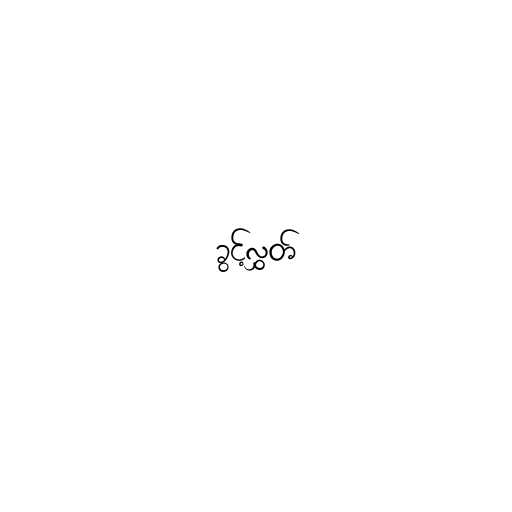
ခွင့်လွှတ်